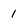
Character: i